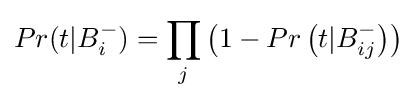
Pr(t|B_{i}^{-})=\prod _{j}\left(1-Pr\left(t|B_{ij}^{-}\right)\right)